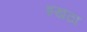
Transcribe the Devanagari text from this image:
इखठा